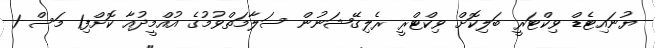
ޔުނައިޓެޑް ވިކްޓަރީ ބަލިކޮށް ވިކްޓްރީ ރެލިގޭޝަނުން ސަލާމަތްވުމުގެ އުއްމީދުއާ ކޮށްފި1 މަސް 1